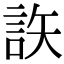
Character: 䛈